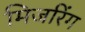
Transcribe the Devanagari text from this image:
मिजरिंग